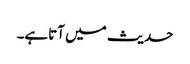
حدیث میں آتاہے۔